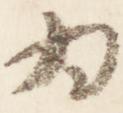
為